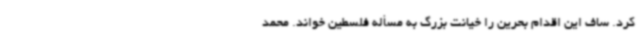
کرد. ساف این اقدام بحرین را خیانت بزرگ به مسأله فلسطین خواند. محمد